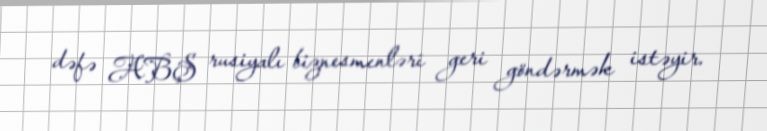
dəfə ABŞ rusiyalı biznesmenləri geri göndərmək istəyir.